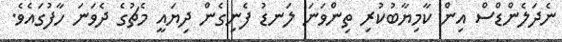
ނެދަލެންޑްސް އިން ކާމިޔާބުކުރި ތިންވަނަ ލަނޑު ފެނިގެން ދިޔައީ މެޗުގެ ދެވަނަ ހާފުގައެވެ.